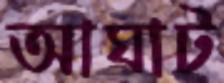
আঘাট